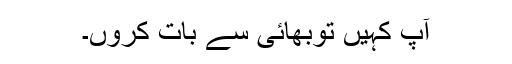
آپ کہیں توبھائی سے بات کروں۔